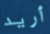
أريد